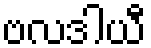
ဗလဒါယီ